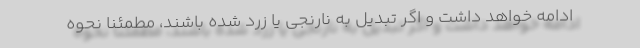
ادامه خواهد داشت و اگر تبدیل به نارنجی یا زرد شده باشند، مطمئناً نحوه